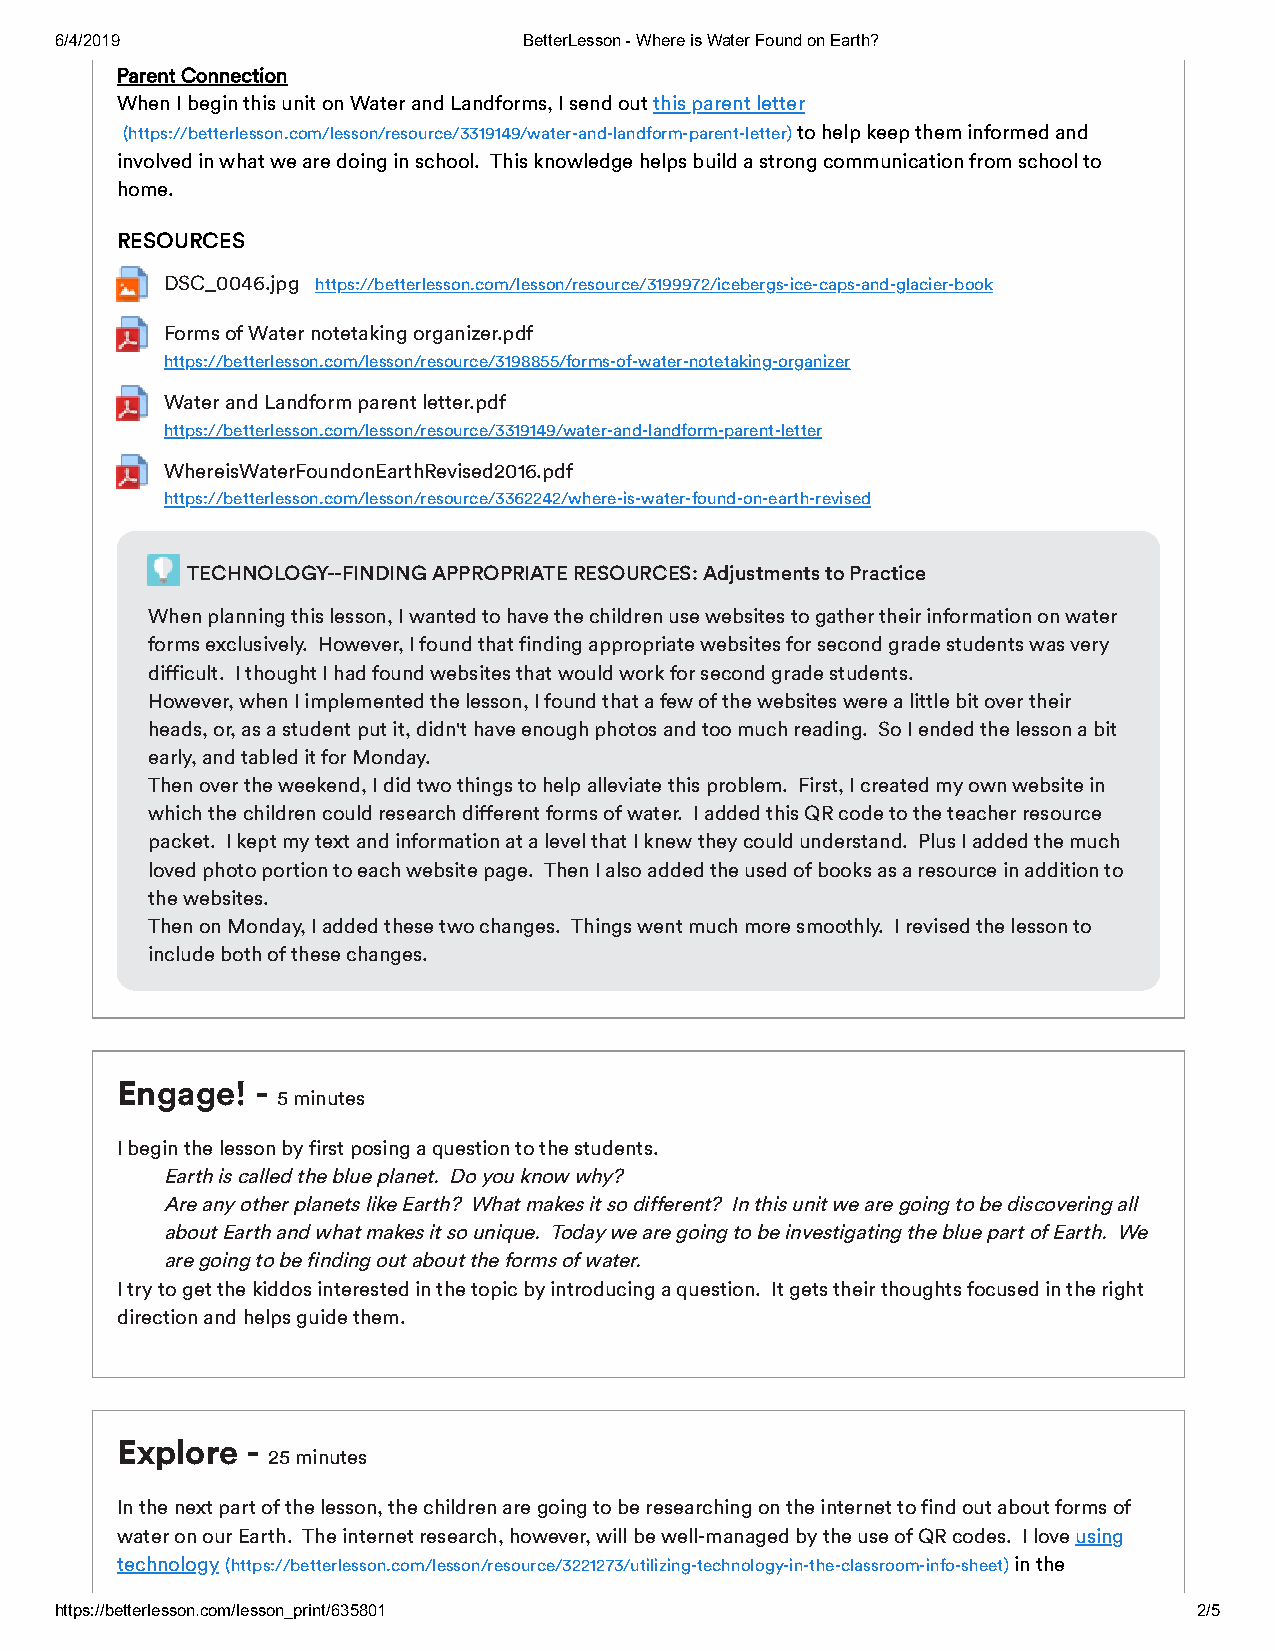
6/4/2019                       BetterLesson - Where is Water Found on Earth?
 Parent Connection
 When I begin this unit on Water and Landforms, I send out this parent letter
 (https://betterlesson.com/lesson/resource/3319149/water-and-landform-parent-letter) to help keep them informed and
 involved in what we are doing in school. This knowledge helps build a strong communication from school to
 home.
 RESOURCES
 DSC_0046.jpg https://betterlesson.com/lesson/resource/3199972/icebergs-ice-caps-and-glacier-book
 Forms of Water notetaking organizer.pdf
 https://betterlesson.com/lesson/resource/3198855/forms-of-water-notetaking-organizer
 Water and Landform parent letter.pdf
 https://betterlesson.com/lesson/resource/3319149/water-and-landform-parent-letter
 WhereisWaterFoundonEarthRevised2016.pdf
 https://betterlesson.com/lesson/resource/3362242/where-is-water-found-on-earth-revised
 TECHNOLOGY--FINDING APPROPRIATE RESOURCES: Adjustments to Practice
 When planning this lesson, I wanted to have the children use websites to gather their information on water
 forms exclusively. However, I found that finding appropriate websites for second grade students was very
 difficult. I thought I had found websites that would work for second grade students.
 However, when I implemented the lesson, I found that a few of the websites were a little bit over their
 heads, or, as a student put it, didn't have enough photos and too much reading. So I ended the lesson a bit
 early, and tabled it for Monday.
 Then over the weekend, I did two things to help alleviate this problem. First, I created my own website in
 which the children could research different forms of water. I added this QR code to the teacher resource
 packet. I kept my text and information at a level that I knew they could understand. Plus I added the much
 loved photo portion to each website page. Then I also added the used of books as a resource in addition to
 the websites.
 Then on Monday, I added these two changes. Things went much more smoothly. I revised the lesson to
 include both of these changes.
 Engage!  -
 5 minutes
 I begin the lesson by first posing a question to the students.
 Earth is called the blue planet. Do you know why?
 Are any other planets like Earth? What makes it so different? In this unit we are going to be discovering all
 about Earth and what makes it so unique. Today we are going to be investigating the blue part of Earth. We
 are going to be finding out about the forms of water.
 I try to get the kiddos interested in the topic by introducing a question. It gets their thoughts focused in the right
 direction and helps guide them.
 Explore -
 25 minutes
 In the next part of the lesson, the children are going to be researching on the internet to find out about forms of
 water on our Earth. The internet research, however, will be well-managed by the use of QR codes. I love using
 technology(https://betterlesson.com/lesson/resource/3221273/utilizing-technology-in-the-classroom-info-sheet) in the
 https://betterlesson.com/lesson_print/635801                               2/5